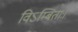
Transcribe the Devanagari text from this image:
विऽम्बिताः।